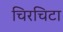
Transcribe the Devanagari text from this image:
चिरचिटा